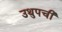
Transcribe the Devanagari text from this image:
उथुपची